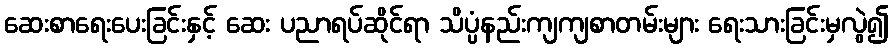
ဆေးစာရေးပေးခြင်းနှင့် ဆေး ပညာရပ်ဆိုင်ရာ သိပ္ပံနည်းကျကျစာတမ်းများ ရေးသားခြင်းမှလွဲ၍